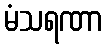
မံသရဏာ